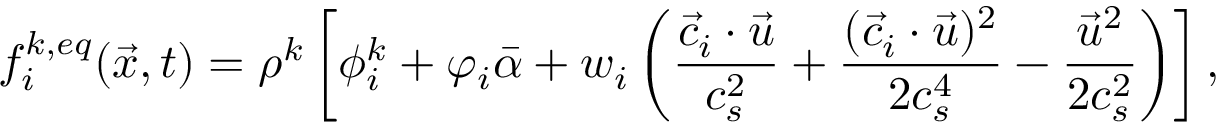
f _ { i } ^ { k , e q } ( \vec { x } , t ) = \rho ^ { k } \left[ \phi _ { i } ^ { k } + \varphi _ { i } \bar { \alpha } + w _ { i } \left( \frac { \vec { c } _ { i } \cdot \vec { u } } { c _ { s } ^ { 2 } } + \frac { ( \vec { c } _ { i } \cdot \vec { u } ) ^ { 2 } } { 2 c _ { s } ^ { 4 } } - \frac { \vec { u } ^ { 2 } } { 2 c _ { s } ^ { 2 } } \right) \right] ,